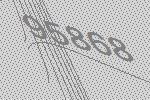
95868